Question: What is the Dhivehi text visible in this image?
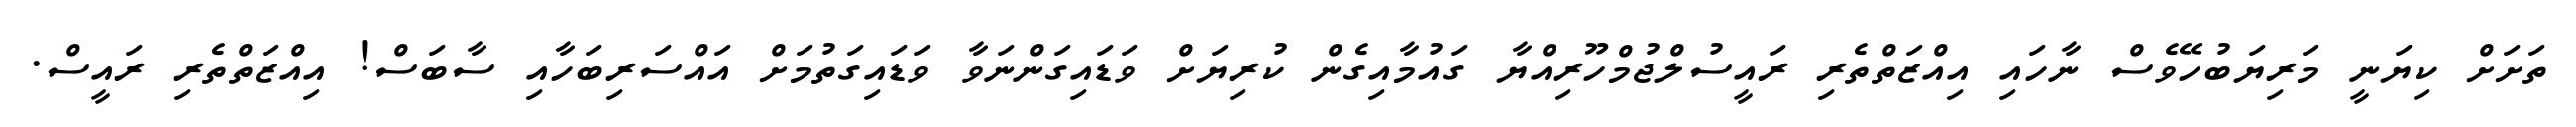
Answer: ތަށަށް ކިޔަނީ މަރިޔަބުހޭވެސް ނާހައި އިއްޒަތްތެރި ރައީސުލްޖުމްހޫރިއްޔާ ގައުމާއިގެން ކުރިޔަށް ވަޑައިގަންނަވާ ވަޑައިގަތުމަށް އައްސަރިބަހާއި ސާބަސް! އިއްޒަތްތެރި ރައީސް.